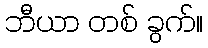
ဘီယာ တစ် ခွက်။